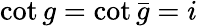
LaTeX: \cot g=\cot\bar{g}=i